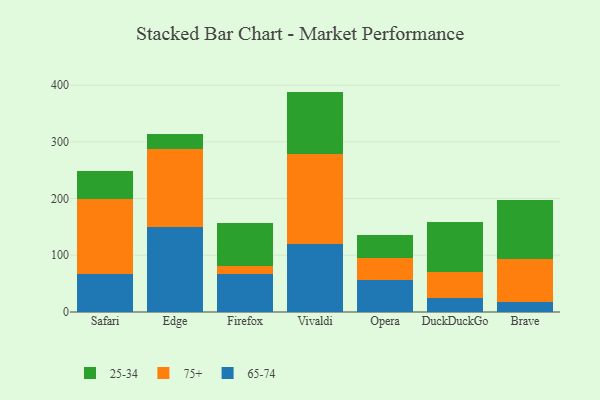
{"axis": {"x": "Browser", "y": "Customer Acquisition Cost (USD)"}, "legend": ["25-34", "65-74", "75+"], "data": [{"x": "Safari", "y": 67.7, "type": "65-74"}, {"x": "Safari", "y": 132.3, "type": "75+"}, {"x": "Safari", "y": 49.4, "type": "25-34"}, {"x": "Edge", "y": 150.6, "type": "65-74"}, {"x": "Edge", "y": 136.7, "type": "75+"}, {"x": "Edge", "y": 25.8, "type": "25-34"}, {"x": "Firefox", "y": 66.4, "type": "65-74"}, {"x": "Firefox", "y": 14.8, "type": "75+"}, {"x": "Firefox", "y": 75.7, "type": "25-34"}, {"x": "Vivaldi", "y": 119.9, "type": "65-74"}, {"x": "Vivaldi", "y": 158.2, "type": "75+"}, {"x": "Vivaldi", "y": 110.5, "type": "25-34"}, {"x": "Opera", "y": 55.8, "type": "65-74"}, {"x": "Opera", "y": 40.2, "type": "75+"}, {"x": "Opera", "y": 40.6, "type": "25-34"}, {"x": "DuckDuckGo", "y": 24.0, "type": "65-74"}, {"x": "DuckDuckGo", "y": 46.9, "type": "75+"}, {"x": "DuckDuckGo", "y": 87.4, "type": "25-34"}, {"x": "Brave", "y": 18.0, "type": "65-74"}, {"x": "Brave", "y": 75.9, "type": "75+"}, {"x": "Brave", "y": 103.9, "type": "25-34"}]}